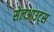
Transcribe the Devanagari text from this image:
सेलआउट्स